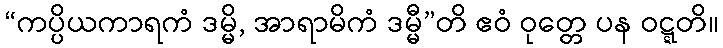
“ကပ္ပိယကာရကံ ဒမ္မိ, အာရာမိကံ ဒမ္မီ”တိ ဧဝံ ဝုတ္တေ ပန ဝဋ္ဋတိ။